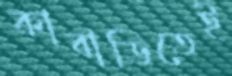
কাবাডিতেই